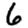
Digit: 6